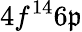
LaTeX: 4f^{14}6\mathfrak{p}